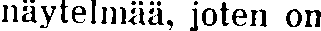
näytelmää, joten on